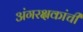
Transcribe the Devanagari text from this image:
अंगरक्षकांची